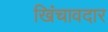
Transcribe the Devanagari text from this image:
खिंचावदार